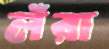
লঁরা